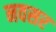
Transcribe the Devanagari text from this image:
नवसर